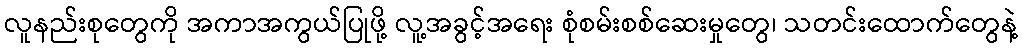
လူနည်းစုတွေကို အကာအကွယ်ပြုဖို့ လူ့အခွင့်အရေး စုံစမ်းစစ်ဆေးမှုတွေ၊ သတင်းထောက်တွေနဲ့